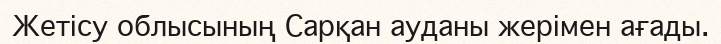
Жетісу облысының Сарқан ауданы жерімен ағады.